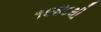
૧૯૪૮થી